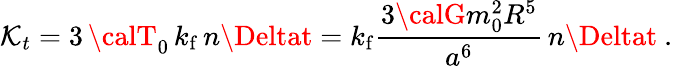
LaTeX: {\cal\mathcal{K}}_{t}=3\, {\calT}_{0}\, k_{\mathrm{{f}}}\, n\Deltat=k_{\mathrm{{f}}}\frac{{3{\calG}m_{0}^{2}R^{5}}}{{a^{6}}}\, n\Deltat\ .